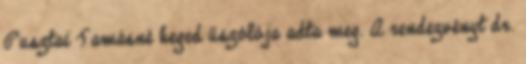
Pusztai Tamásné heged űszólója adta meg. A rendezvényt dr.